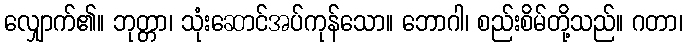
လျှောက်၏။ ဘုတ္တာ၊ သုံးဆောင်အပ်ကုန်သော။ ဘောဂါ၊ စည်းစိမ်တို့သည်။ ဂတာ၊